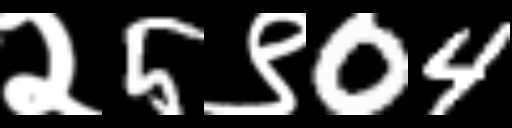
Text: २5९04